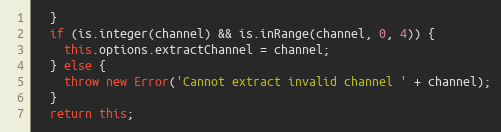
Language: JavaScript
  }
  if (is.integer(channel) && is.inRange(channel, 0, 4)) {
    this.options.extractChannel = channel;
  } else {
    throw new Error('Cannot extract invalid channel ' + channel);
  }
  return this;